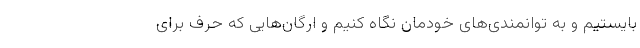
بایستیم و به توانمندی‌های خودمان نگاه کنیم و ارگان‌هایی که حرف برای